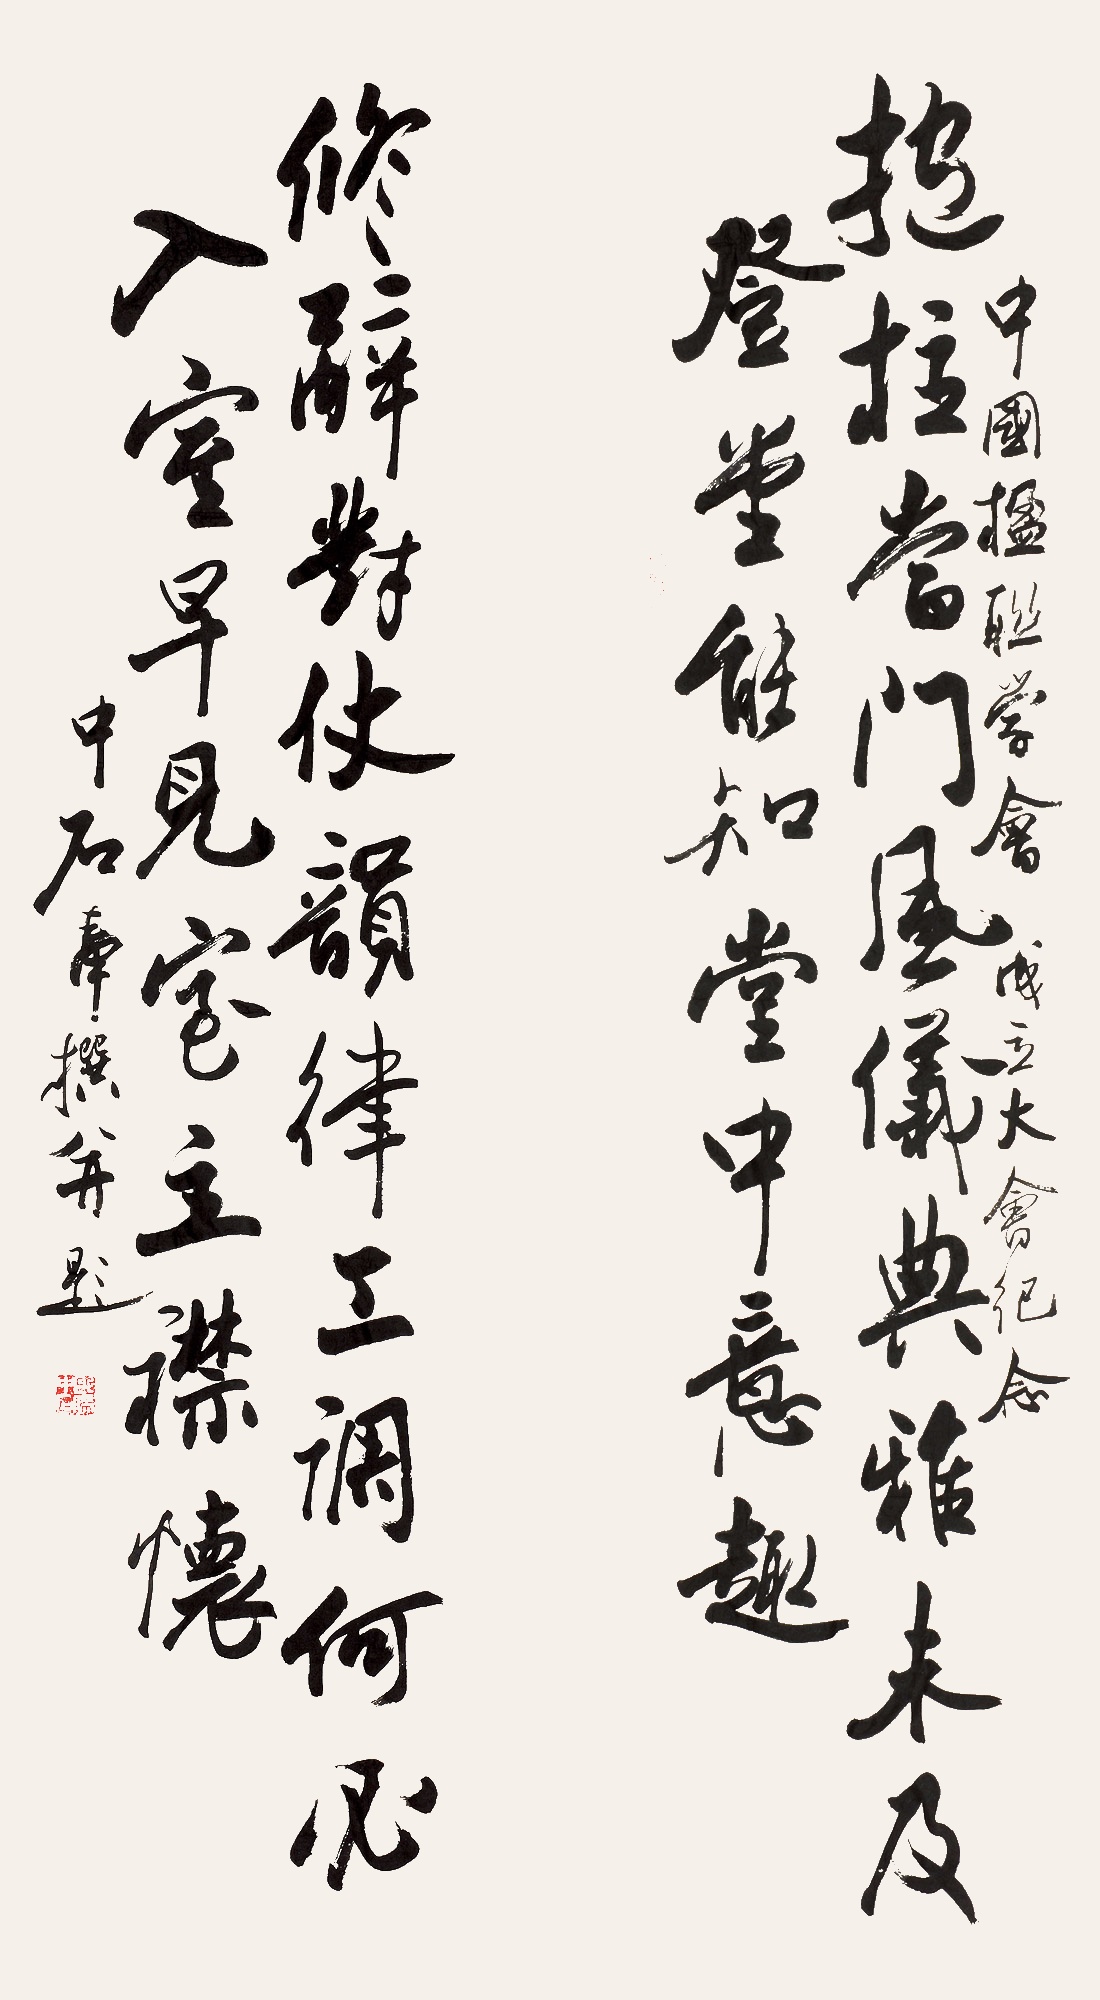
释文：抱柱当门风仪典雅未及登堂能知堂中意趣，修辞对仗韵律工调何必入室早见室主襟怀。中国楹联学会成立大会纪念，中石奉撰并题。